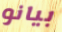
بيانو